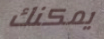
يمكنك